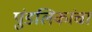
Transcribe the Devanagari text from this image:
पुंडलिकांचा